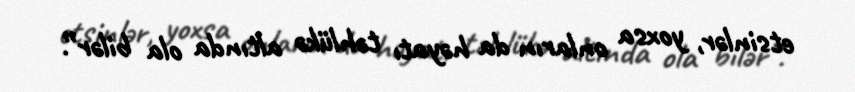
etsinlər, yoxsa onların da həyatı təhlükə altında ola bilər”.